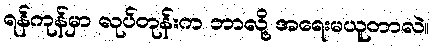
ရန်ကုန်မှာ လုပ်တုန်းက ဘာလို့ အရေးမယူတာလဲ။